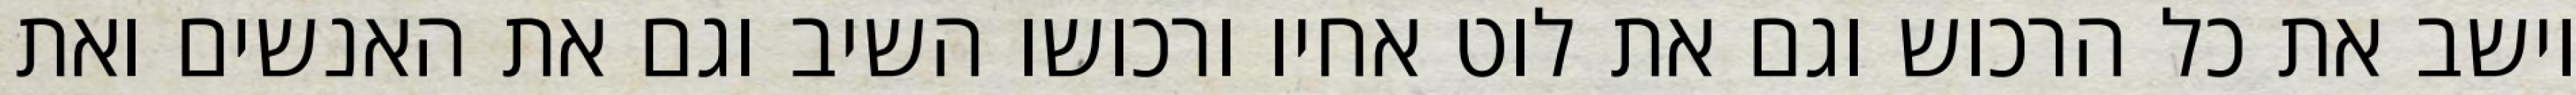
וישב את כל הרכוש וגם את לוט אחיו ורכושו השיב וגם את האנשים ואת